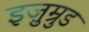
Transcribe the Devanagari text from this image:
इज़ुम्रुड